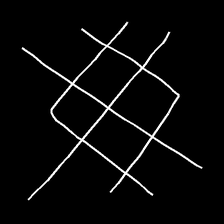
Glyph: crystal